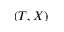
( T , X )